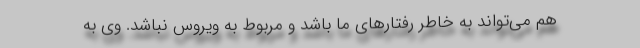
هم می‌تواند به خاطر رفتارهای ما باشد و مربوط به ویروس نباشد. وی به